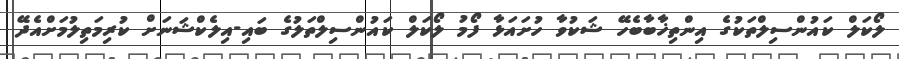
ލޯކަލް ކައުންސިލްތަކުގެ އިންތިޚާބާބެހޭ ޝަކުވާ ހުށައަޅާ ފޯމު ލޯކަލް ކައުންސިލްތަލުގެ ބައި-އިލެކްޝަނަށް ކުރިމަތިލުމަށްއެދޭ